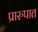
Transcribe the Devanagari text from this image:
प्रारुपात